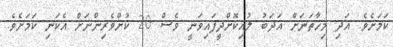
ކަމަށެވެ. އަދި މިހާތަނަށް އަދަބު ލުއިކޮށްދީފައިވަނީ ވެސް 20 ކުށްވެރިންނަށް އެކަނި ކަމަށެވެ.